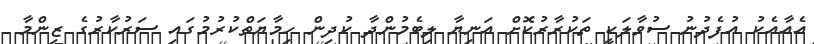
އެއާއެކު އުފެދުނު ސުވާލަކީ ތަކުރާރުކޮށް އަނިޔާ ލިބެމުންދާ ކުދިން ހިމާޔަތްކުރުމުގައި ސަރުކާރުގެ ޒިންމާ